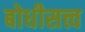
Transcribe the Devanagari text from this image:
बोधीसत्त्व